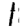
Digit: 1